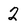
Character: 2